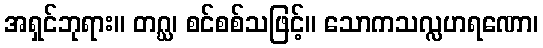
အရှင်ဘုရား။ တဂ္ဃ၊ စင်စစ်သဖြင့်။ သောကသလ္လဟရဏော၊